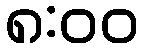
၈:၀၀